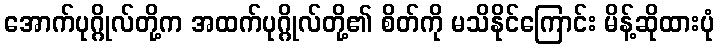
အောက်ပုဂ္ဂိုလ်တို့က အထက်ပုဂ္ဂိုလ်တို့၏ စိတ်ကို မသိနိုင်ကြောင်း မိန့်ဆိုထားပုံ